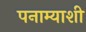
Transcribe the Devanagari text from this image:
पनाम्याशी